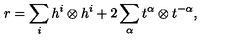
r = \sum _ { i } h ^ { i } \otimes h ^ { i } + 2 \sum _ { \alpha } t ^ { \alpha } \otimes t ^ { - \alpha } ,